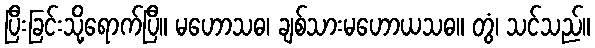
ပြီးခြင်းသို့ရောက်ပြီ။ မဟောသဓ၊ ချစ်သားမဟောယသဓ။ တွံ၊ သင်သည်။